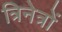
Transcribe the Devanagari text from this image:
त्रिनेत्रों